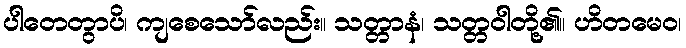
ပါတေတွာပိ၊ ကျစေသော်လည်း။ သတ္တာနံ၊ သတ္တဝါတို့၏။ ဟိတမေဝ၊